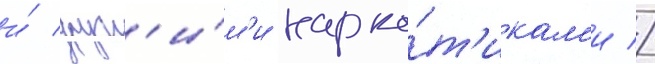
и́ друг'и́м'и нарко́т'икам'и //